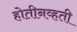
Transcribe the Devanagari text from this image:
होतीनव्हती